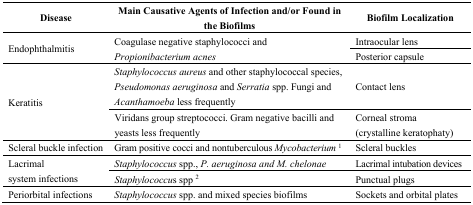
| Disease | Main Causative Agents of Infection and/or Found in the Biofilms | Biofilm Localization |
 | --- | --- | --- |
 | <ROWSPAN=2> Endophthalmitis | <ROWSPAN=2> Coagulase negative staphylococci and Propionibacterium acnes | Intraocular lens |
 | Posterior capsule |
 | <ROWSPAN=2> Keratitis | Staphylococcus aureus and other staphylococcal species, Pseudomonas aeruginosa and Serratia spp. Fungi and Acanthamoeba less frequently | Contact lens |
 | Viridans group streptococci. Gram negative bacilli and yeasts less frequently | Corneal stroma (crystalline keratophaty) |
 | Scleral buckle infection | Gram positive cocci and nontuberculousMycobacterium1 | Scleral buckles |
 | <ROWSPAN=2> Lacrimal system infections | Staphylococcus spp., P. aeruginosa and M. chelonae | Lacrimal intubation devices |
 | Staphylococcus spp 2 | Punctual plugs |
 | Periorbital infections | Staphylococcus spp. and mixed species biofilms | Sockets and orbital plates |